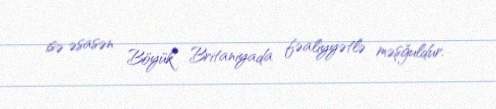
isə əsasən Böyük Britaniyada fəaliyyətlə məşğuldur.